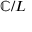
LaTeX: \mathbb { C } / L